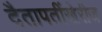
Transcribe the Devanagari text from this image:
दैतापतींखेरीज